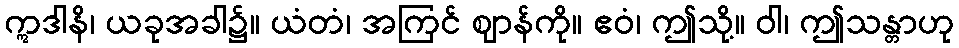
ဣဒါနိ၊ ယခုအခါ၌။ ယံတံ၊ အကြင် ဈာန်ကို။ ဧဝံ၊ ဤသို့။ ဝါ၊ ဤသန္တာဟု